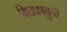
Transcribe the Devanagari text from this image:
मिचकावुनी